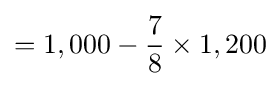
=1,000-{\frac {7}{8}}\times 1,200